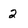
Character: 2